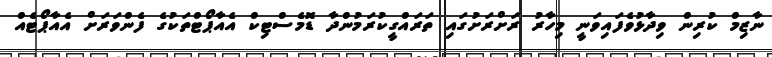
ނާޒިމް ކުރިން ވިދާޅުވެފައިވަނީ މިހާރު ރަށްރަށުގައި ތަރައްގީކުރަމުންދާ ޑޮމެސްޓިކް އެއާޕޯޓްތަކުގެ ފެންވަރަށް އެއާޕޯޓެއް